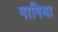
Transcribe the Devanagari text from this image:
गागिया